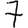
Digit: 7